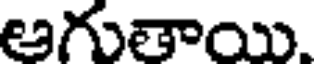
అగుతాయి.